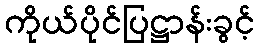
ကိုယ်ပိုင်ပြဋ္ဌာန်းခွင့်